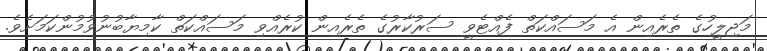
މަޖިލީހުގެ ތެރެއިން އެ މަސައްކަތް ފެއްޓެވީ ސަރުކާރުގެ ތެރެއިން ކުރެއްވި މަސައްކަތް ކާމިޔާބުނުވުމުންކަމަށެވެ.